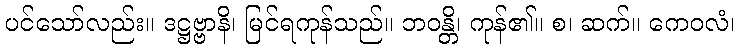
ပင်သော်လည်း။ ဒဋ္ဌဗ္ဗာနိ၊ မြင်ရကုန်သည်။ ဘဝန္တိ၊ ကုန်၏။ စ၊ ဆက်။ ကေဝလံ၊